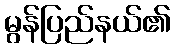
မွန်ပြည်နယ်၏